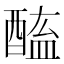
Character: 𨡿